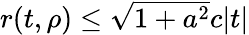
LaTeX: \textstyle r(t,\rho)\leq{\sqrt{1+a^{2}}}c|t|